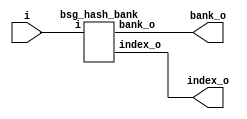
// This program was cloned from: https://github.com/chipsalliance/UHDM-integration-tests
// License: Apache License 2.0



module top
(
  i,
  bank_o,
  index_o
);

  input [15:0] i;
  output [0:0] bank_o;
  output [15:0] index_o;

  bsg_hash_bank
  wrapper
  (
    .i(i),
    .bank_o(bank_o),
    .index_o(index_o)
  );


endmodule



module bsg_hash_bank
(
  i,
  bank_o,
  index_o
);

  input [15:0] i;
  output [0:0] bank_o;
  output [15:0] index_o;
  wire [0:0] bank_o;
  wire [15:0] index_o;
  assign bank_o[0] = 1'b0;
  assign index_o[15] = i[15];
  assign index_o[14] = i[14];
  assign index_o[13] = i[13];
  assign index_o[12] = i[12];
  assign index_o[11] = i[11];
  assign index_o[10] = i[10];
  assign index_o[9] = i[9];
  assign index_o[8] = i[8];
  assign index_o[7] = i[7];
  assign index_o[6] = i[6];
  assign index_o[5] = i[5];
  assign index_o[4] = i[4];
  assign index_o[3] = i[3];
  assign index_o[2] = i[2];
  assign index_o[1] = i[1];
  assign index_o[0] = i[0];

endmodule